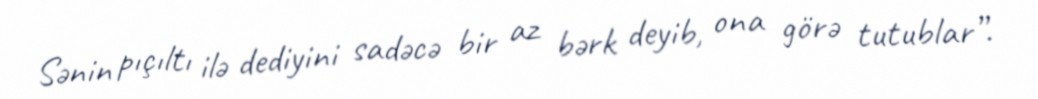
Sənin pıçıltı ilə dediyini sadəcə bir az bərk deyib, ona görə tutublar”.